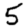
Digit: 5